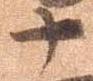
十